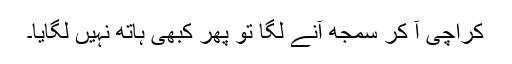
کراچی آ کر سمجھ آنے لگا تو پھر کبھی ہاتھ نہیں لگایا۔